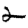
Digit: 2